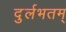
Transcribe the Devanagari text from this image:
दुर्लभतम्